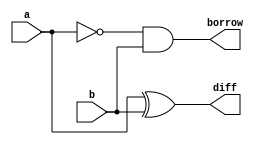
module half_sub(input a,b, output diff,borrow);
	assign diff = a^b;
	assign borrow = ~a&b;
endmodule
module FS_HS(input a,b,bin, output dout,bout);
	wire d1,b1,b2;
half_sub hs1(a,b,d1,b1);
half_sub hs2(d1,bin,dout,b2);
	assign bout = b1|b2;
endmodule